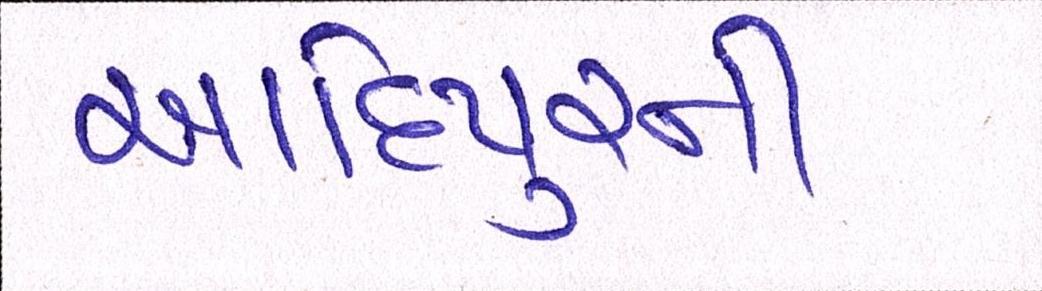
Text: આદિપુરની